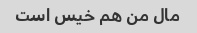
مال من هم خیس است